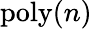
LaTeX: \mathrm{poly}(n)